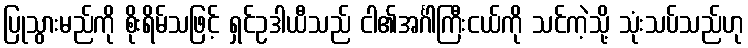
ပြုသွားမည်ကို စိုးရိမ်သဖြင့် ရှင်ဥဒါယီသည် ငါ၏အင်္ဂါကြီးငယ်ကို သင်ကဲ့သို့ သုံးသပ်သည်ဟု